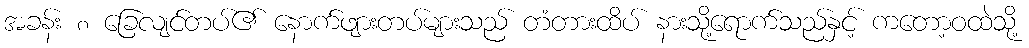
အခန်း ၈ ခြေလျင်တပ်၏ နောက်ဖျားတပ်များသည် တံတားထိပ် နားသို့ရောက်သည်နှင့် ကတော့ဝထဲသို့